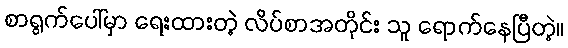
စာရွက်ပေါ်မှာ ရေးထားတဲ့ လိပ်စာအတိုင်း သူ ရောက်နေပြီတဲ့။